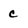
Character: c